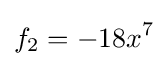
f_{2}=-18x^{7}